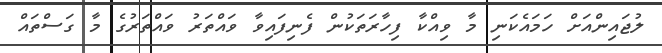
ލުޖައިންއަށް ހަމައެކަނި މާ ވިއްކާ ފިހާރަތަކުން ފެނިފައިވާ ވައްތަރު ވައްތަރުގެ މާ ގަސްތައް